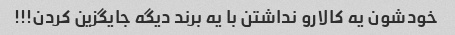
خودشون یه کالارو نداشتن با یه برند دیگه جایگزین کردن!!!